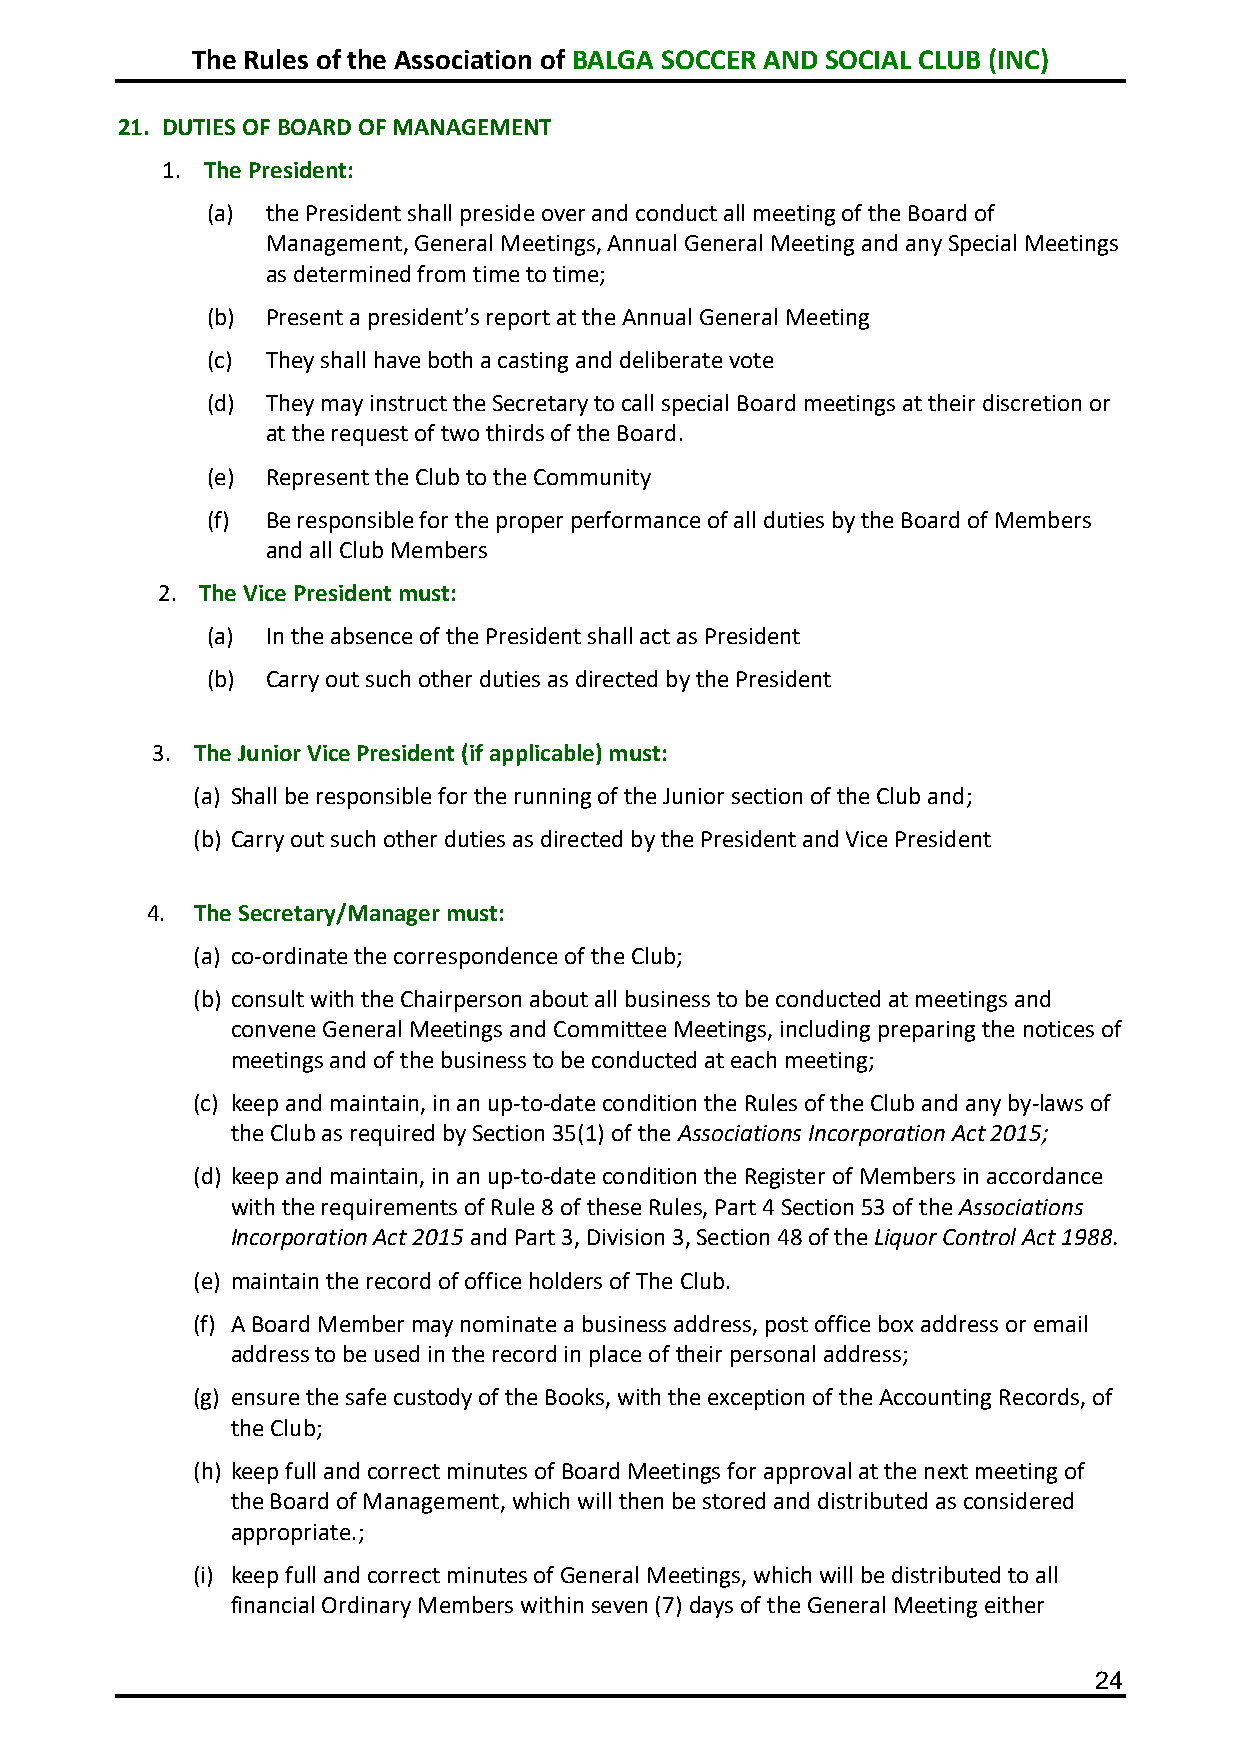
The Rules of the Association of BALGA SOCCER AND SOCIAL CLUB (INC)
 21. DUTIES OF BOARD OF MANAGEMENT
 1. The President:
 (a) the President shall preside over and conduct all meeting of the Board of
 Management, General Meetings, Annual General Meeting and any Special Meetings
 as determined from time to time;
 (b) Present a president’s report at the Annual General Meeting
 (c) They shall have both a casting and deliberate vote
 (d) They may instruct the Secretary to call special Board meetings at their discretion or
 at the request of two thirds of the Board.
 (e) Represent the Club to the Community
 (f) Be responsible for the proper performance of all duties by the Board of Members
 and all Club Members
 2. The Vice President must:
 (a) In the absence of the President shall act as President
 (b) Carry out such other duties as directed by the President
 3. The Junior Vice President (if applicable) must:
 (a) Shall be responsible for the running of the Junior section of the Club and;
 (b) Carry out such other duties as directed by the President and Vice President
 4. The Secretary/Manager must:
 (a) co-ordinate the correspondence of the Club;
 (b) consult with the Chairperson about all business to be conducted at meetings and
 convene General Meetings and Committee Meetings, including preparing the notices of
 meetings and of the business to be conducted at each meeting;
 (c) keep and maintain, in an up-to-date condition the Rules of the Club and any by-laws of
 the Club as required by Section 35(1) of the Associations Incorporation Act 2015;
 (d) keep and maintain, in an up-to-date condition the Register of Members in accordance
 with the requirements of Rule 8 of these Rules, Part 4 Section 53 of the Associations
 Incorporation Act 2015 and Part 3, Division 3, Section 48 of the Liquor Control Act 1988.
 (e) maintain the record of office holders of The Club.
 (f) A Board Member may nominate a business address, post office box address or email
 address to be used in the record in place of their personal address;
 (g) ensure the safe custody of the Books, with the exception of the Accounting Records, of
 the Club;
 (h) keep full and correct minutes of Board Meetings for approval at the next meeting of
 the Board of Management, which will then be stored and distributed as considered
 appropriate.;
 (i) keep full and correct minutes of General Meetings, which will be distributed to all
 financial Ordinary Members within seven (7) days of the General Meeting either
 24